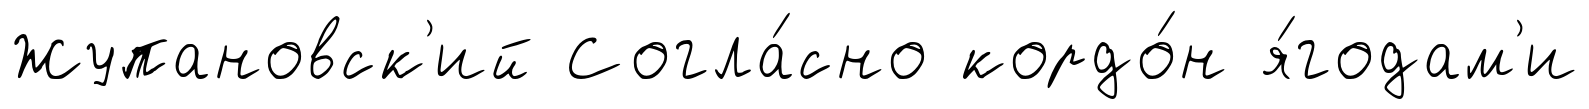
Жупановск'ий Согла́сно кордо́н я́годам'и